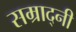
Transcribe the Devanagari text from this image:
सम्राद्नी